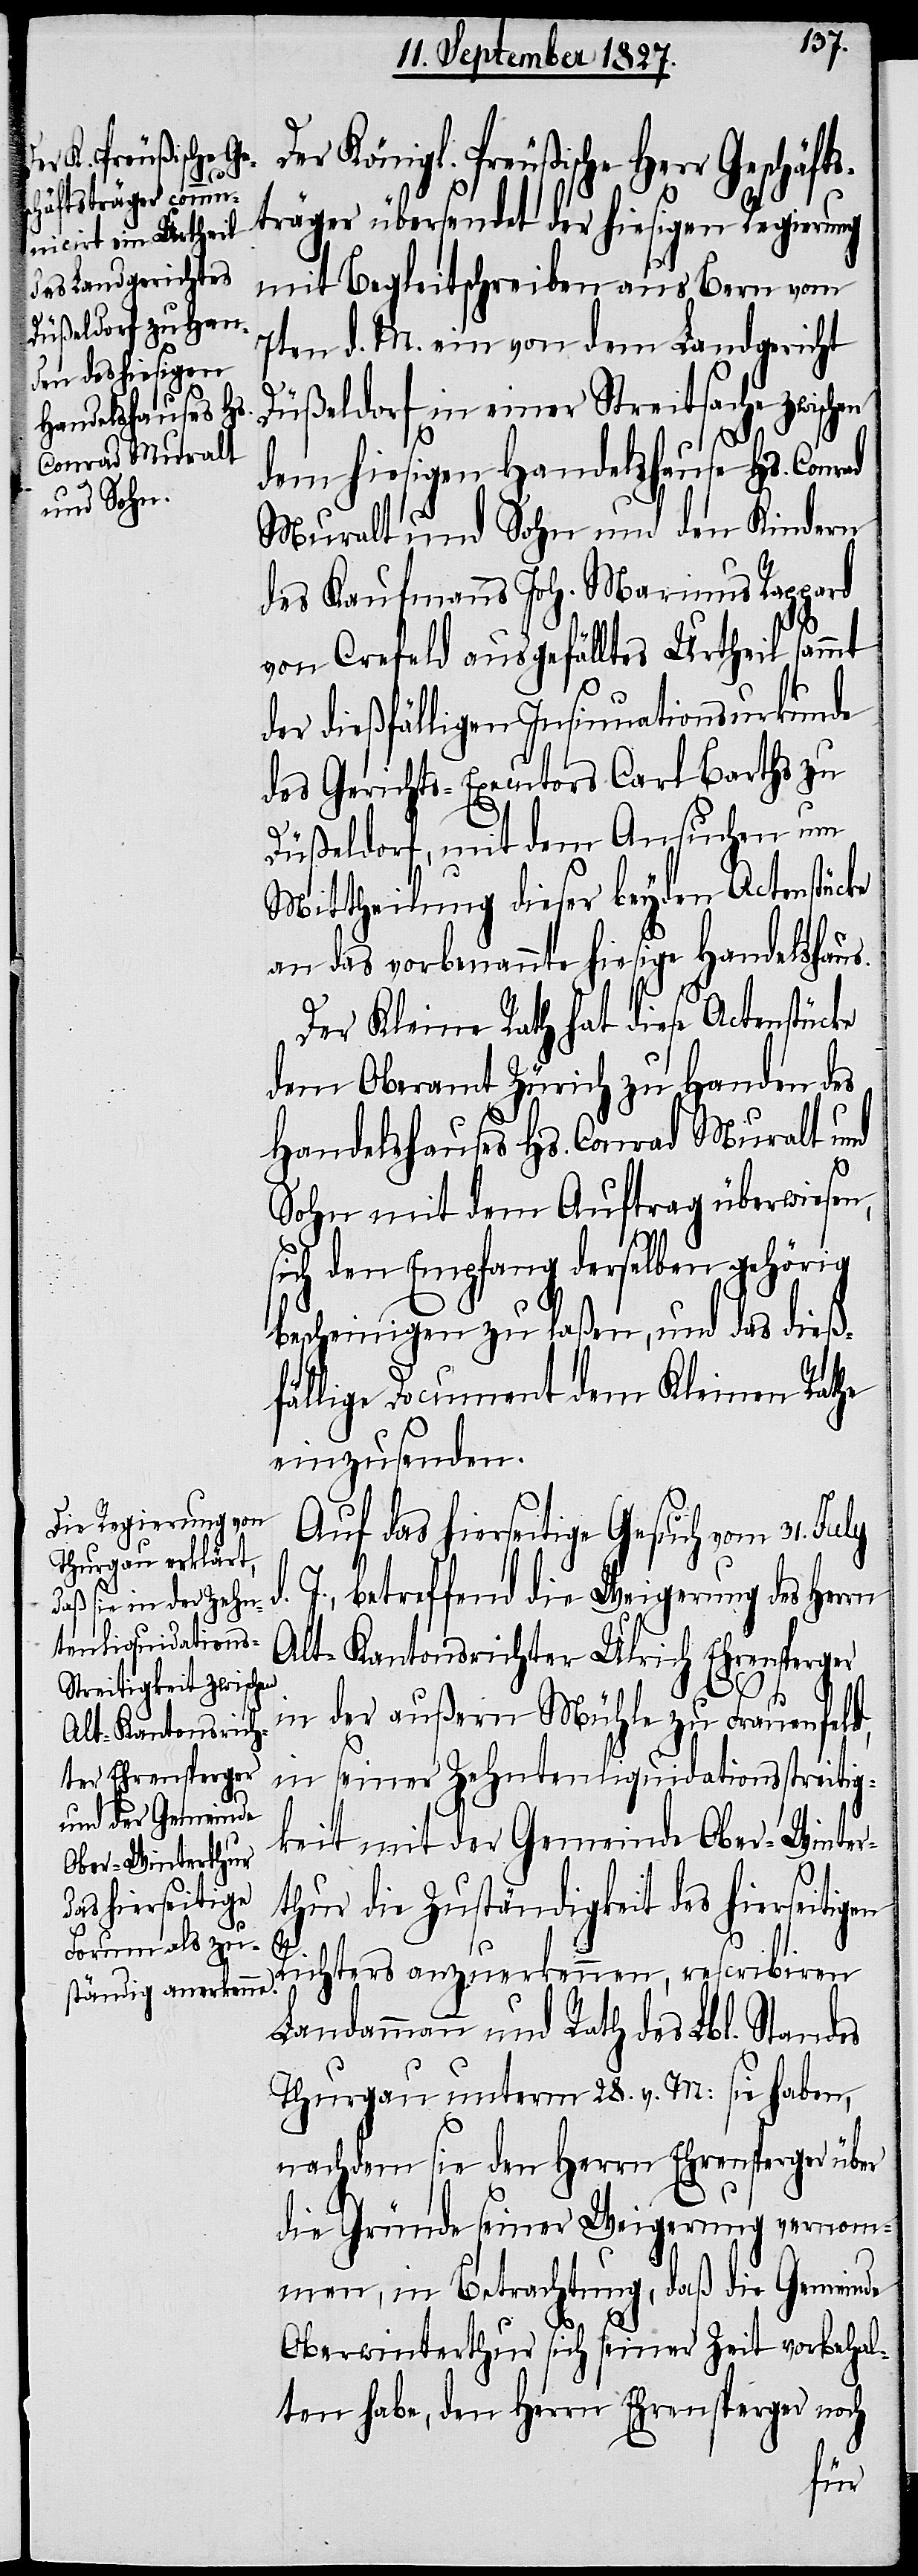
ad

Königl. Preußische Herr Geschäft¬
sträger übersendet der hiesigen Regierung
mit Begleitschreiben aus Bern vom
7ten d. M. ein von dem Landgericht
Düßeldorf in einer Streitsache zwischen
dem hiesigen Handelshause Hs. Conr¬
Muralt und Sohn und den Kindern
des Kaufmanns Joh. Marinus Rappard
von Crefeld ausgefälltes Urtheil sammt
der dießfälligen Insinuationsurkunde
des Gerichts-Executors Carl Barths zu
Düßeldorf, mit dem Ansuchen um
Mittheilung dieser beyden Actenstücke
an das vorbenannte hiesige Handelshaus.
Der Kleine Rath hat diese Actenstücke
dem Oberamt Zürich zu Handen des
Handelshauses Hs. Conrad Muralt und
d.
Sohn mit dem Auftrag überwiesen,
sich den Empfang derselben gehörig
bescheinigen zu laßen, und das dieß¬
fällige Document dem Kleinen Rathe
einzusenden.
Auf das hierseitige Gesuch vom 31. July
J., betreffend die Weigerung des Herrn
Alt-Kantonsrichter Ulrich Ehrensperger
in der außern Mühle zu Frauenfeld,
in seiner Zehntenliquidationsstreitig¬
keit mit der Gemeinde Ober-Winter¬
thur die Zuständigkeit des hierseitig¬
en
Richters anzuerkennen, rescribiren
Landammann und Rath des Lbl. Standes
Thurgau unterm 28. v. M: sie haben,
nachdem sie den Herrn Ehrensperger über
die Gründe seiner Weigerung vernom¬
men, in Betrachtung, daß die Gemeinde
Oberwinterthur sich seiner Zeit vorbehal¬
ten habe, den Herrn Ehrensperger noch